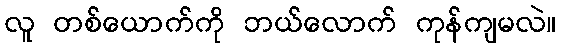
လူ တစ်ယောက်ကို ဘယ်လောက် ကုန်ကျမလဲ။